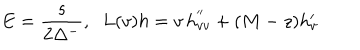
LaTeX: E = { \frac { s } { 2 \Delta ^ { - } } } , \; \; L ( v ) h = v \, h _ { v v } ^ { ' ^ { \prime } } + ( M - z ) h _ { v } ^ { \prime }